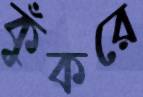
কুঁকরে